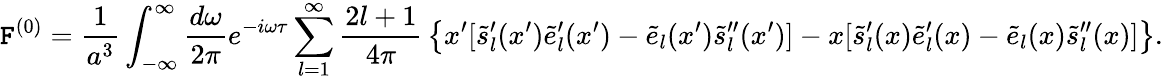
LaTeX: {\cal\mathtt{F}}^{(0)}={\frac{{1}}{{a^{3}}}}\int_{-\infty}^{\infty}{\frac{{d\omega}}{{2\pi}}}e^{-i\omega\tau}\sum_{l=1}^{\infty}{\frac{{2l+1}}{{4\pi}}}\left\{ x^{\prime}[\tilde{{s}}_{l}^{\prime}(x^{\prime})\tilde{{e}}_{l}^{\prime}(x^{\prime})-\tilde{{e}}_{l}(x^{\prime})\tilde{{s}}_{l}^{\prime\prime}(x^{\prime})]-x[\tilde{{s}}_{l}^{\prime}(x)\tilde{{e}}_{l}^{\prime}(x)-\tilde{{e}}_{l}(x)\tilde{{s}}_{l}^{\prime\prime}(x)]\right\} .